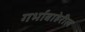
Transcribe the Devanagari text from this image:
गर्भाबाहेरील